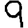
Digit: 9